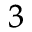
^ { 3 }